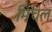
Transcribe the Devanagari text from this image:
मिचल